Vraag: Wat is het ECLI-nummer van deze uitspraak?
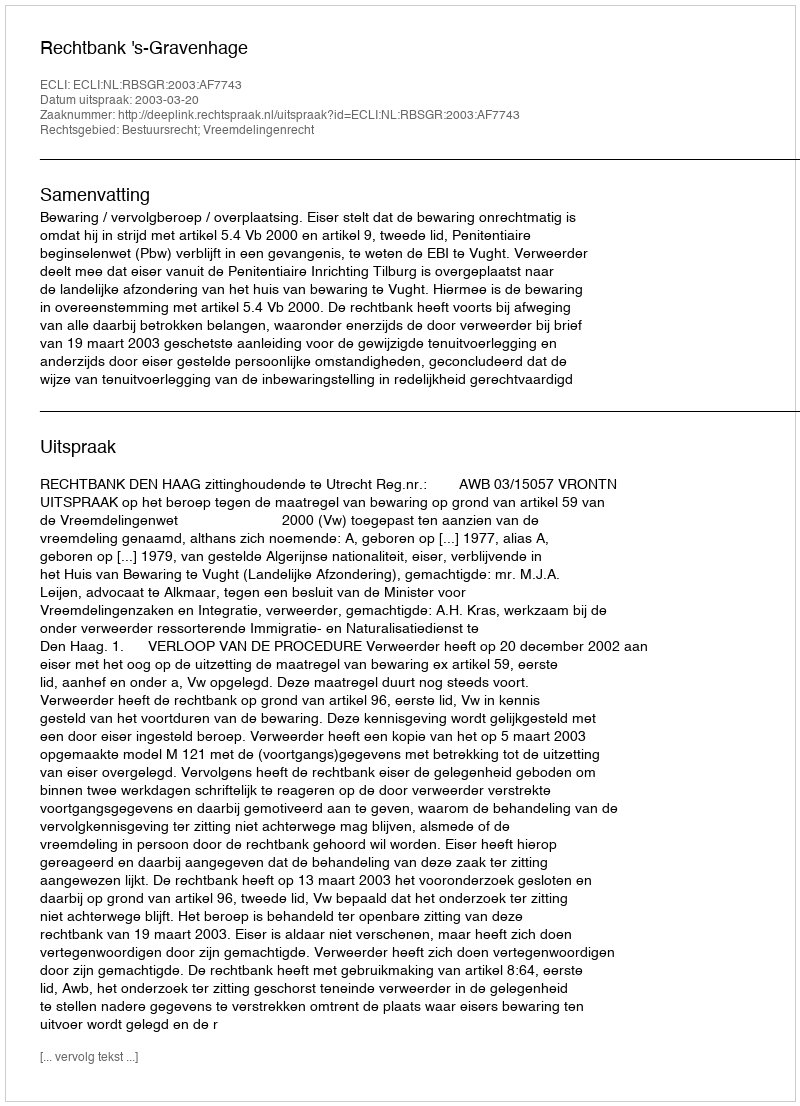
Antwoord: ECLI:NL:RBSGR:2003:AF7743